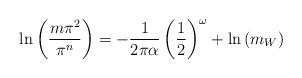
LaTeX: \begin{align*}\ln \left(\frac{m\pi^2}{\pi^n}\right) = -\frac{1}{2\pi\alpha}\left(\frac{1}{2}\right)^{\omega} + \ln \left(m_W\right)\end{align*}